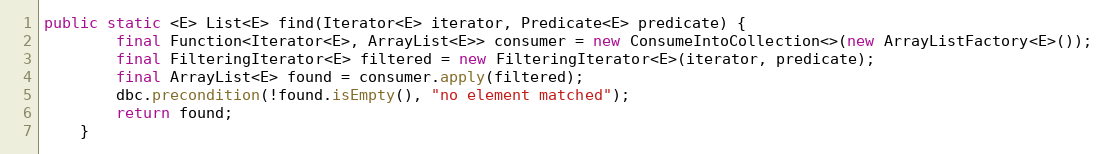
Language: Java
public static <E> List<E> find(Iterator<E> iterator, Predicate<E> predicate) {
        final Function<Iterator<E>, ArrayList<E>> consumer = new ConsumeIntoCollection<>(new ArrayListFactory<E>());
        final FilteringIterator<E> filtered = new FilteringIterator<E>(iterator, predicate);
        final ArrayList<E> found = consumer.apply(filtered);
        dbc.precondition(!found.isEmpty(), "no element matched");
        return found;
    }